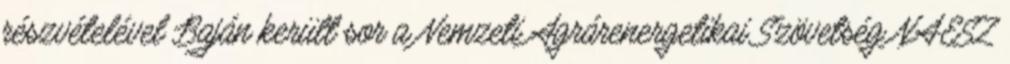
részvételével Baján került sor a Nemzeti Agrárenergetikai Szövetség NAESZ